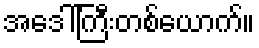
အဒေါ်ကြီးတစ်ယောက်။